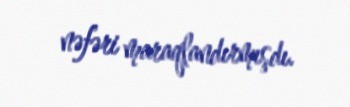
nəfəri maraqlandırmışdı.